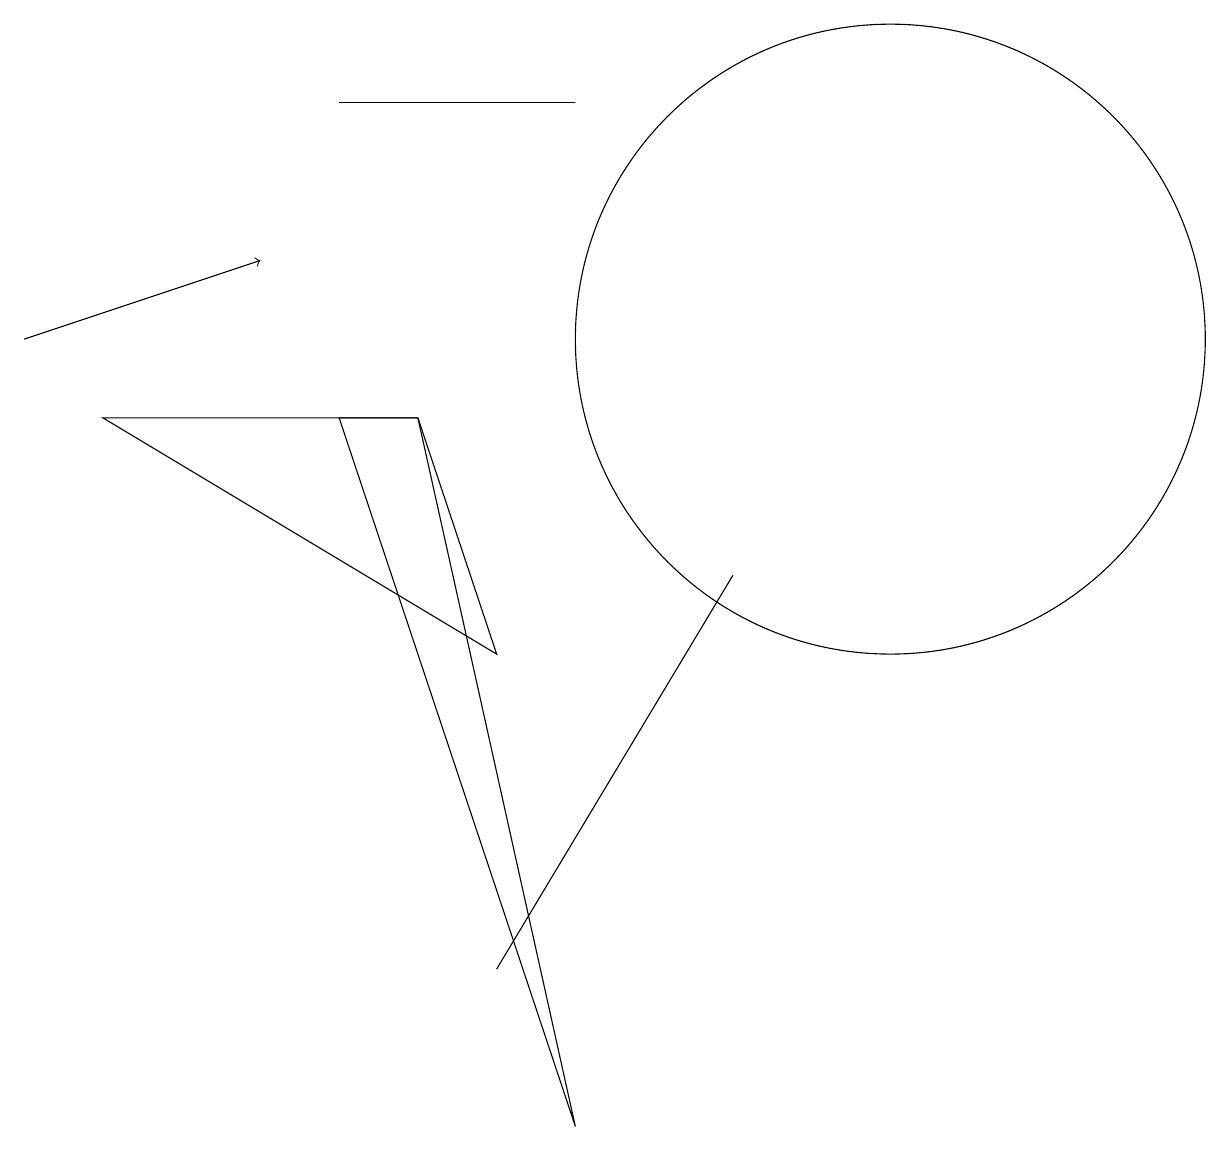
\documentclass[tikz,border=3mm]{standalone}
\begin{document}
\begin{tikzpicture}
\draw (4,13) rectangle (7,13);
\draw (11,10) circle (4);
\draw (9,7) -- (9,7) -- (6,2) -- cycle;
\draw[->] (0,10) -- (3,11);
\draw (7,0) -- (4,9) -- (5,9) -- cycle;
\draw (6,6) -- (5,9) -- (1,9) -- cycle;
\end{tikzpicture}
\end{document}